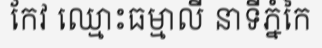
កែវ ឈ្មោះធម្មាលី នាទីភ្នំកៃ